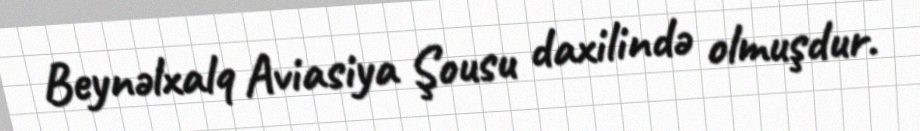
Beynəlxalq Aviasiya Şousu daxilində olmuşdur.